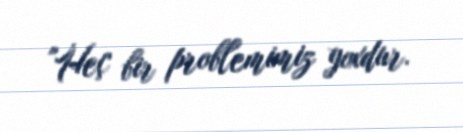
"Heç bir problemimiz yoxdur.